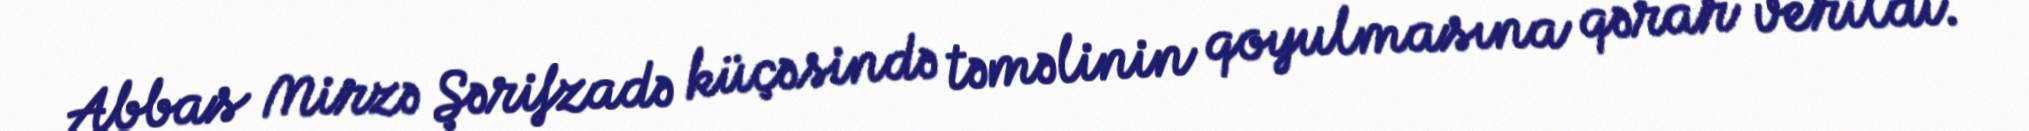
Abbas Mirzə Şərifzadə küçəsində təməlinin qoyulmasına qərar verildi.